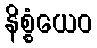
နိစ္စံယေဝ